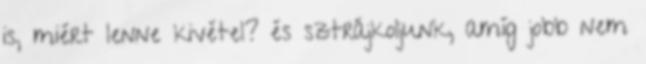
is, miért lenne kivétel? és sztrájkoljunk, amíg jobb nem